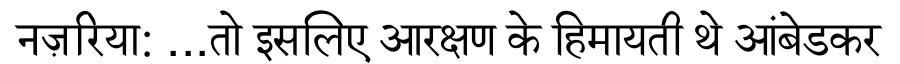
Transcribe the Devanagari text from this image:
नज़रिया: ...तो इसलिए आरक्षण के हिमायती थे आंबेडकर